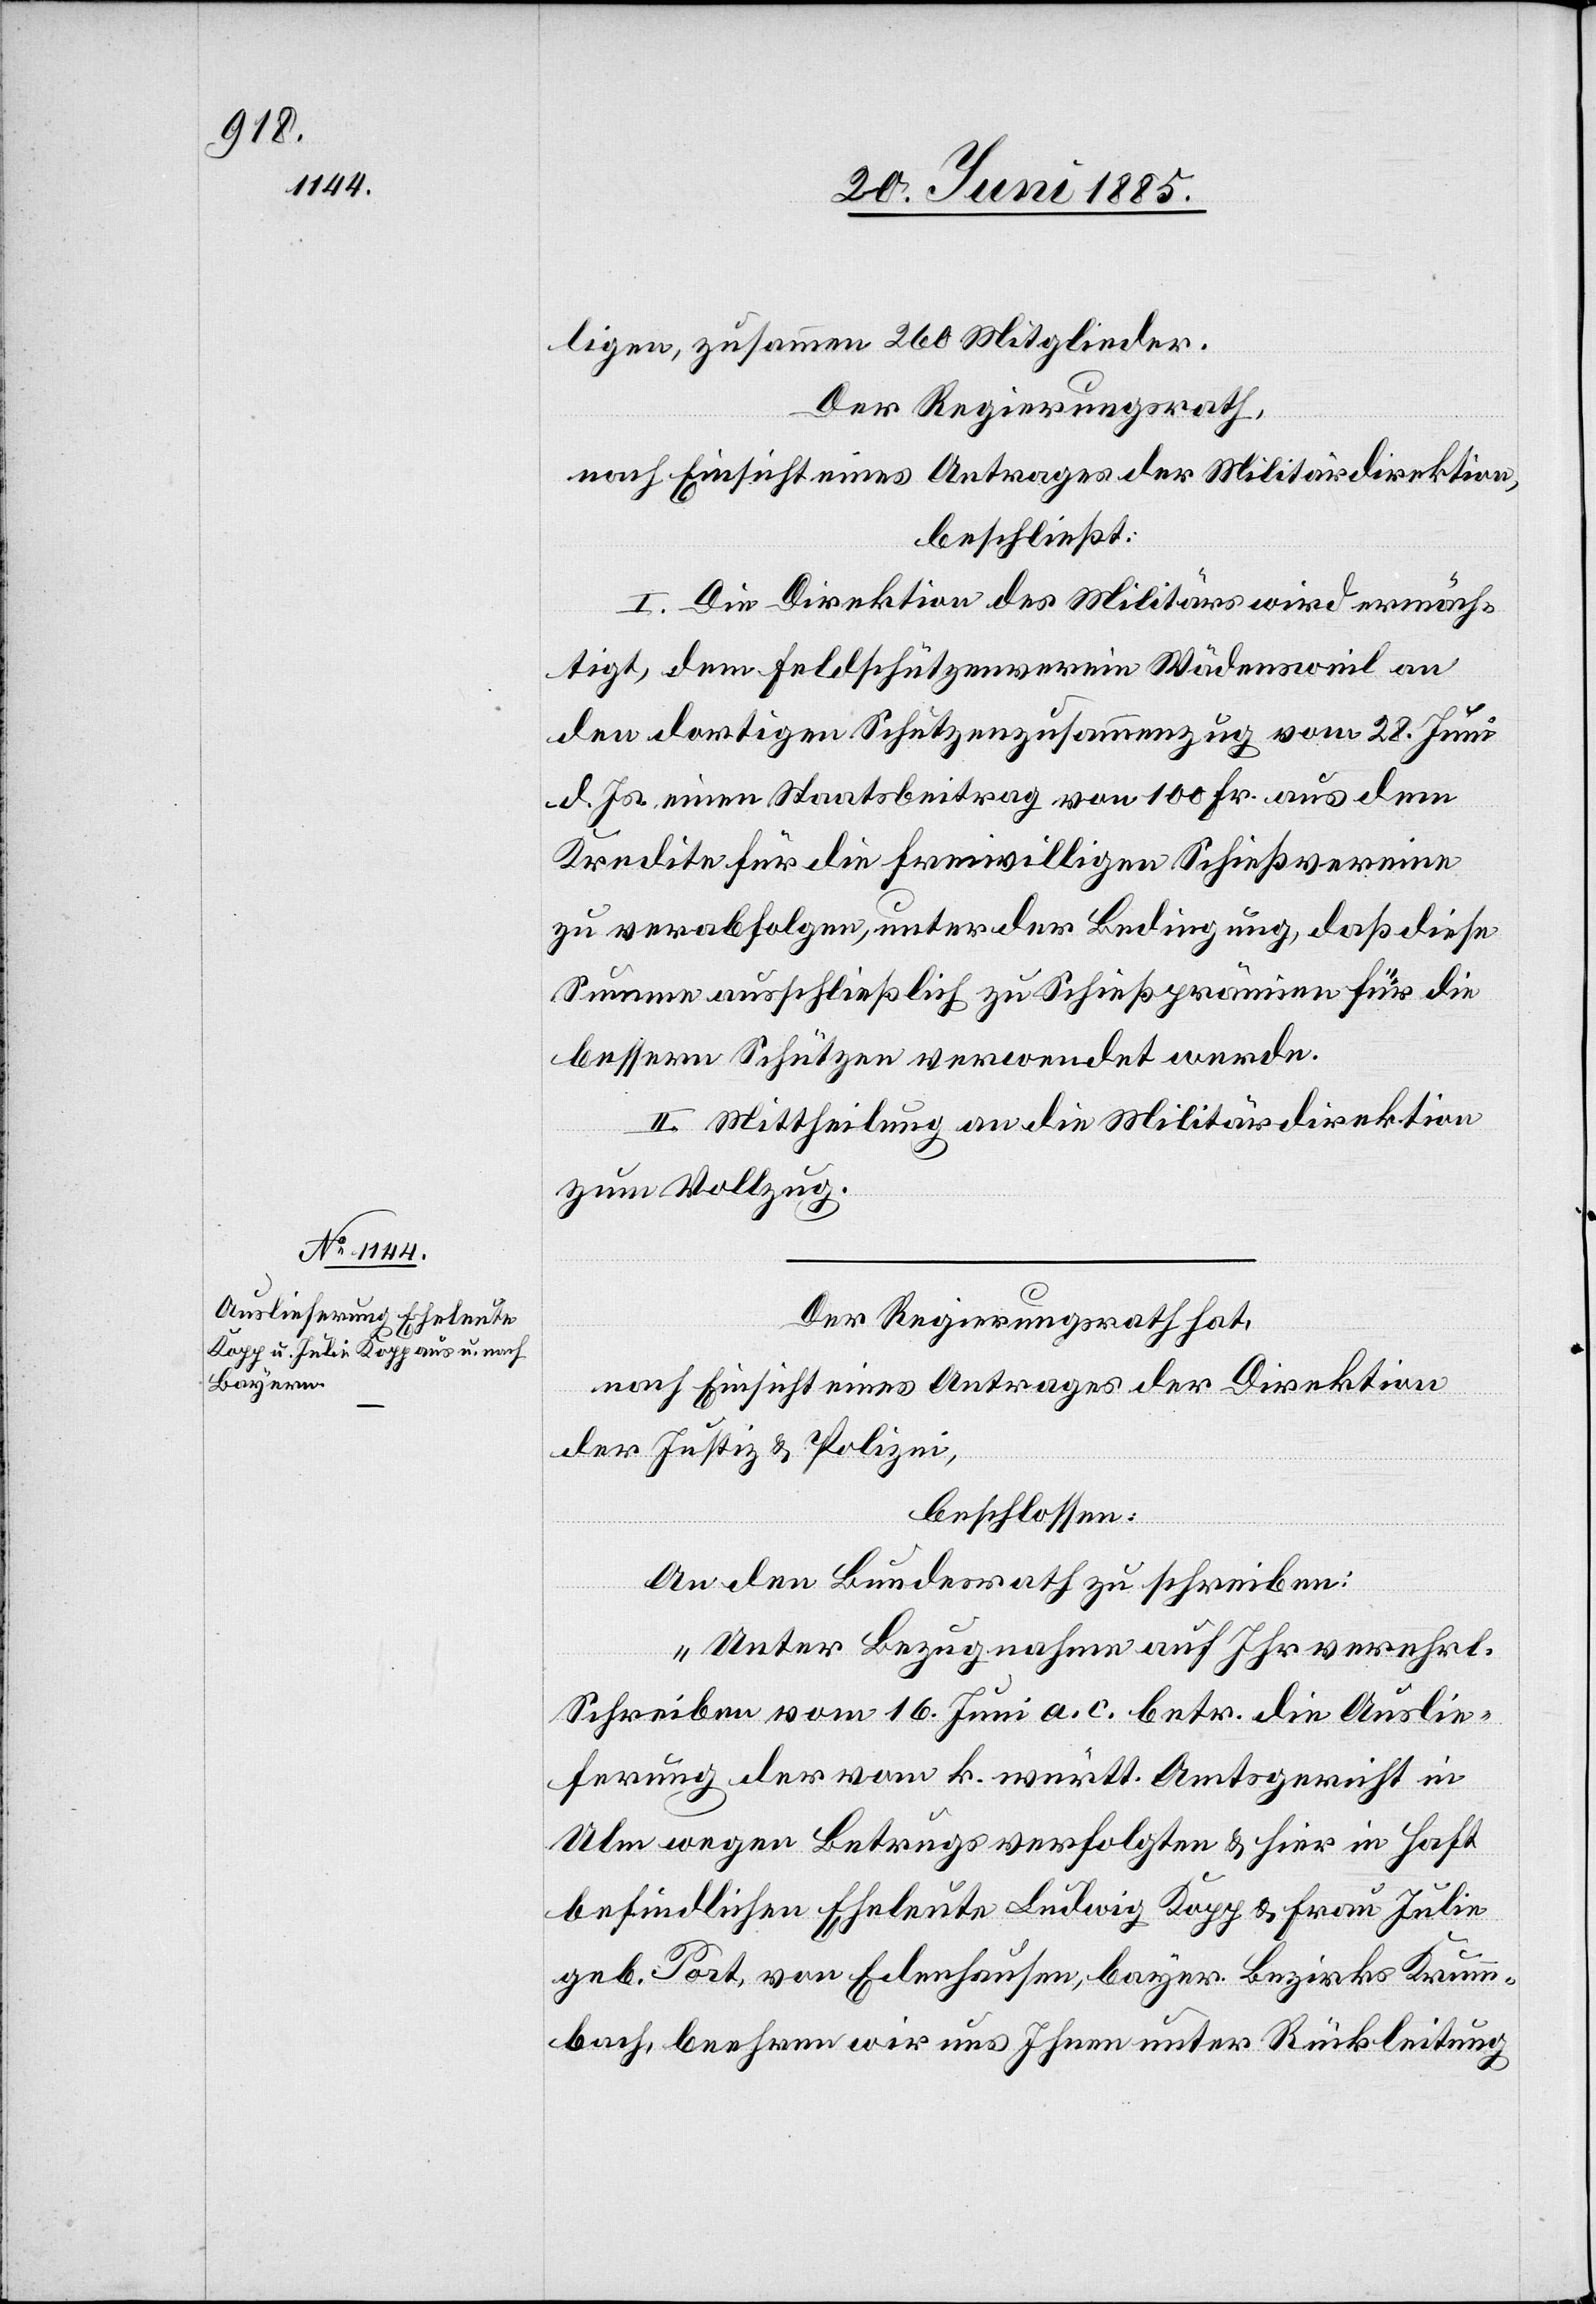
ligen, zusammen 260 Mitglieder.
Der Regierungsrath,
nach Einsicht eines Antrages der Militärdirektion,
beschließt:
I. Die Direktion des Militärs wird ermäch¬
tigt, dem Feldschützenverein Wädensweil an
den dortigen Schützenzusammenzug vom 28. Juni
d. Js. einen Staatsbeitrag von 100 Fr. aus dem
Kredite für die freiwilligen Schießvereine
zu verabfolgen, unter der Bedingung, daß diese
Summe ausschließlich zu Schießprämien für die
bessern Schützen verwendet werde.
II. Mittheilung an die Militärdirektion
zum Vollzug.
Der Regierungsrath hat,
nach Einsicht eines Antrages der Direktion
der Justiz & Polizei,
beschlossen:
An den Bundesrath zu schreiben:
„Unter Bezugnahme auf Ihr verehrl.
Schreiben vom 16. Juni a. c. betr. die Auslie¬
ferung der vom k. württ. Amtsgericht in
Ulm wegen Betrugs verfolgten & hier in Haft
befindlichen Eheleute Ludwig Kopp & Frau Julie
geb. Port, von Edenhausen, bayer. Bezirks Krumm¬
bach, beehren wir uns Ihnen unter Rückleitung